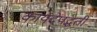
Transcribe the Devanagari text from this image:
कायदेपद्धती